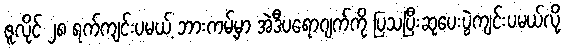
ဇူလိုင် ၂၈ ရက်ကျင်းပမယ့် ဘားကမ့်မှာ အဲဒီပရောဂျက်ကို ပြသပြီးဆုပေးပွဲကျင်းပမယ်လို့